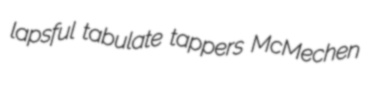
lapsful tabulate tappers McMechen